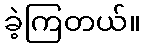
ခဲ့ကြတယ်။